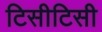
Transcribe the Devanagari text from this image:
टिसीटिसी